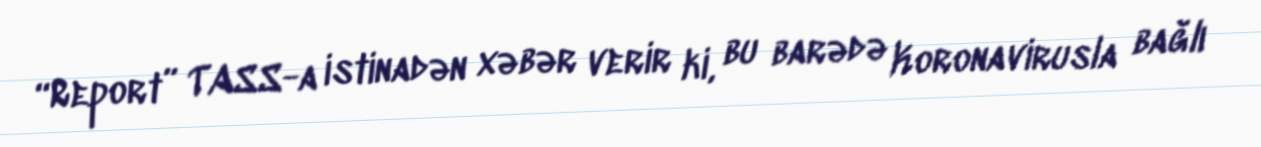
“Report” TASS-a istinadən xəbər verir ki, bu barədə Koronavirusla bağlı